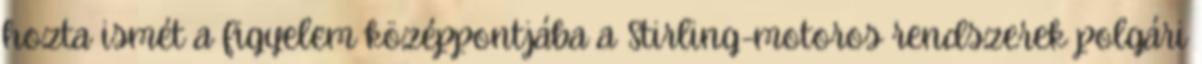
hozta ismét a figyelem középpontjába a Stirling-motoros rendszerek polgári